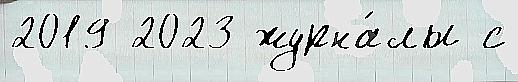
2019 2023 журна́лы с